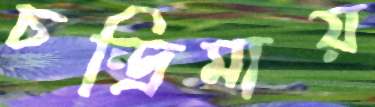
চন্দ্রিমায়